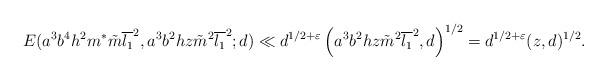
LaTeX: \begin{align*} E(a^3b^4h^2m^{\ast}\tilde{m}\overline{l_1}^2,a^3b^2hz\tilde{m}^2\overline{l_1}^2;d) \ll d^{1/2+\varepsilon} \left(a^3b^2hz\tilde{m}^2\overline{l_1}^2,d\right)^{1/2} =d^{1/2+\varepsilon}(z,d)^{1/2}.\end{align*}